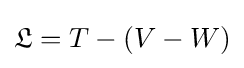
{\mathfrak {L}}=T-(V-W)